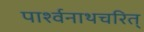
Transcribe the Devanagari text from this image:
पार्श्वनाथचरित्